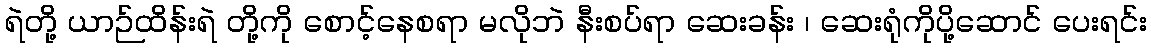
ရဲတို့ ယာဉ်ထိန်းရဲ တို့ကို စောင့်နေစရာ မလိုဘဲ နီးစပ်ရာ ဆေးခန်း ၊ ဆေးရုံကိုပို့ဆောင် ပေးရင်း